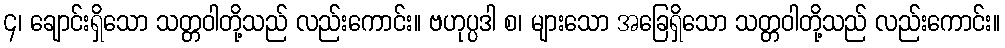
၄၊ ချောင်းရှိသော သတ္တဝါတို့သည် လည်းကောင်း။ ဗဟုပ္ပဒါ စ၊ များသော အခြေရှိသော သတ္တဝါတို့သည် လည်းကောင်း။